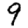
Digit: 9